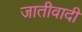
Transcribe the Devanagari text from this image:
जातीवादी